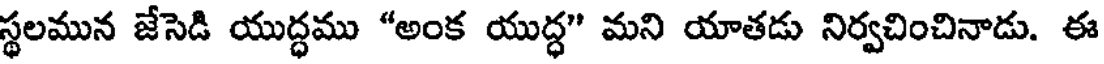
స్థలమున జేసెడి యుద్ధము "అంక యుద్ధ" మని యాతడు నిర్వచించినాడు. ఈ